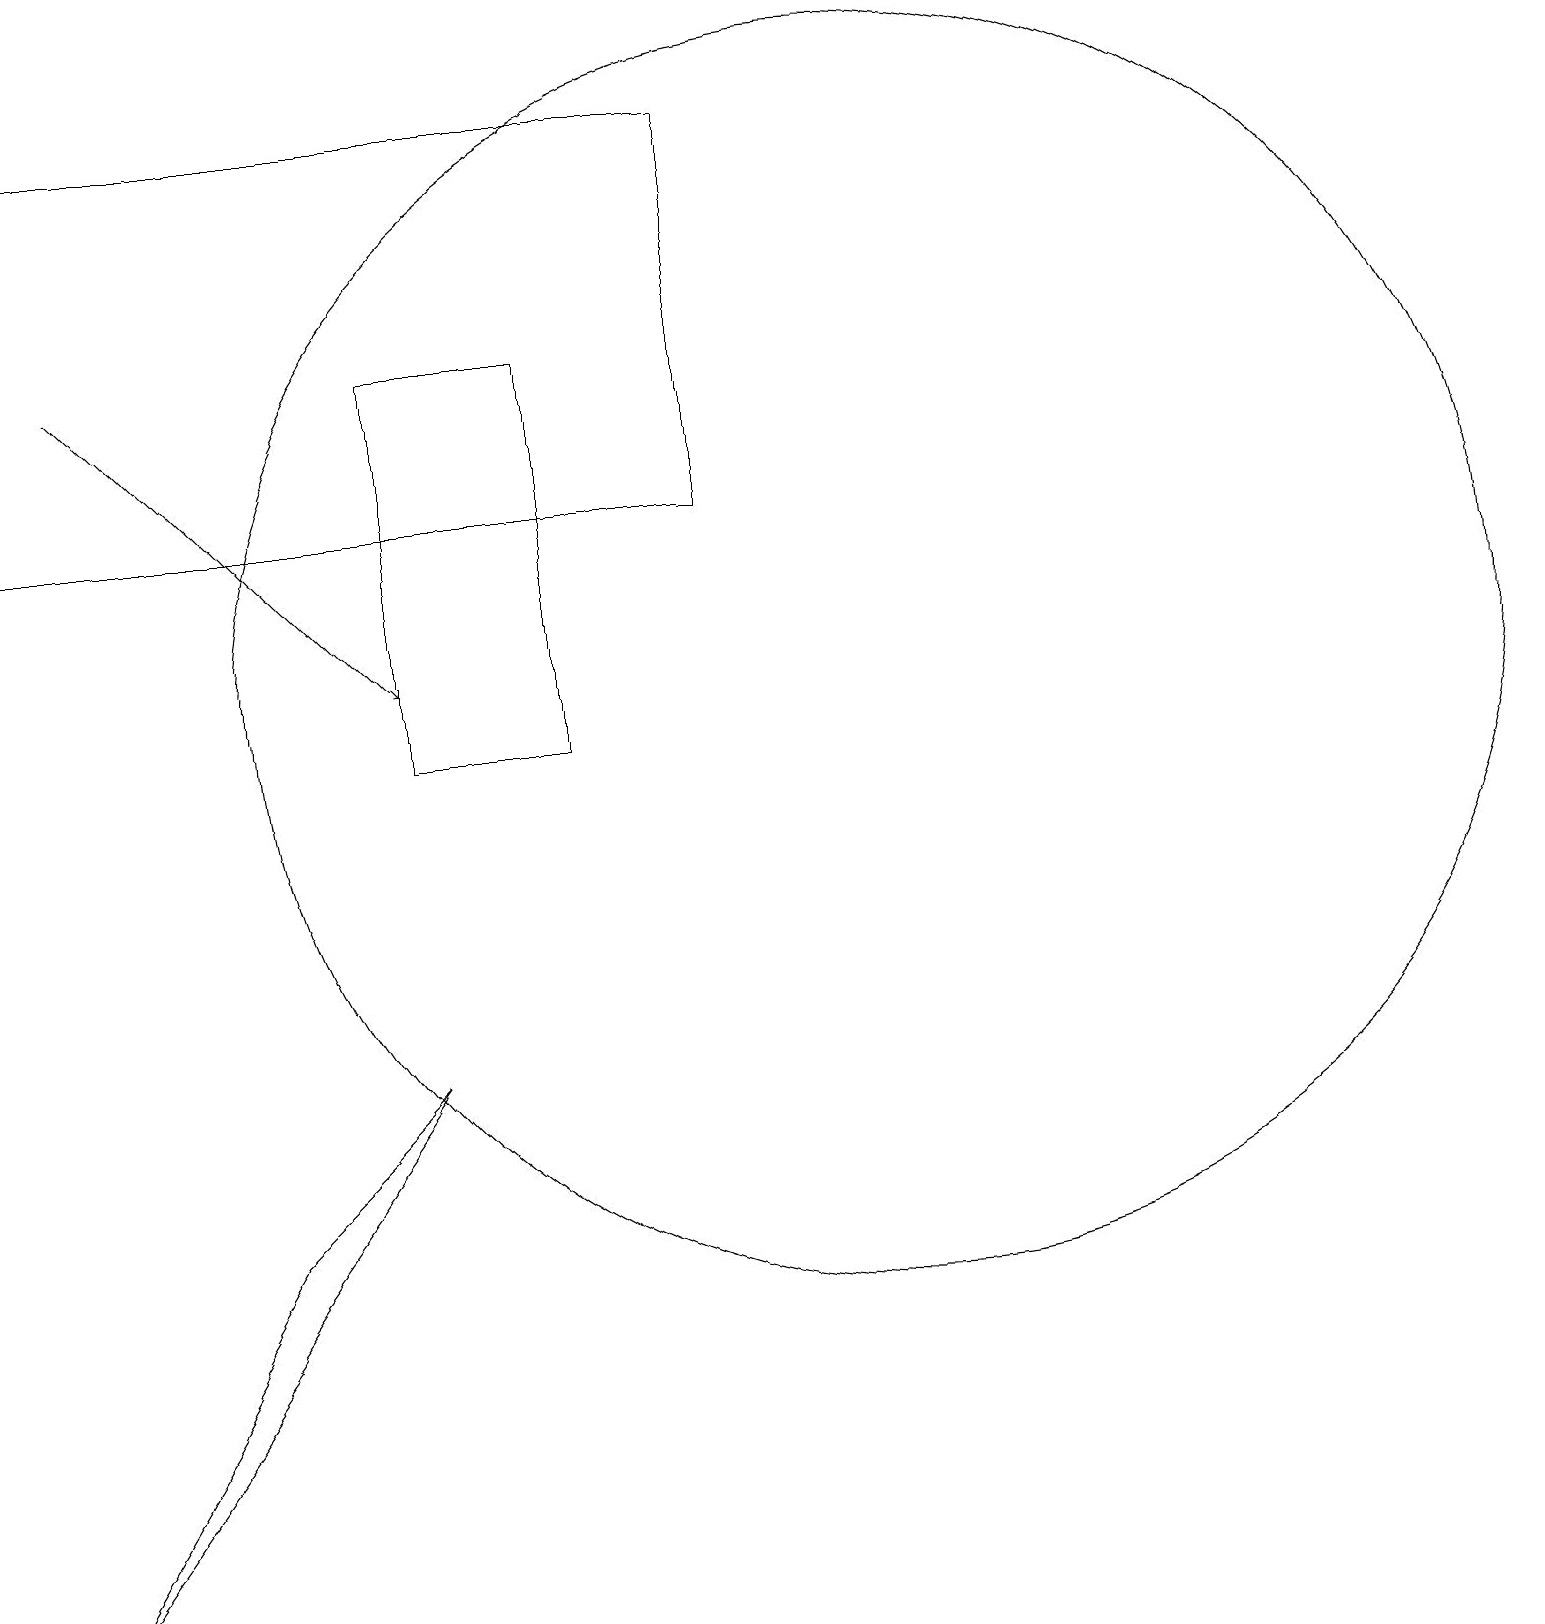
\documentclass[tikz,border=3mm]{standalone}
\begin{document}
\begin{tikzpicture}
\draw[->] (1,16) -- (5,12);
\draw (11,12) circle (8);
\draw (0,19) rectangle (9,14);
\draw (0,0) -- (3,5) -- (5,7) -- cycle;
\draw (7,11) rectangle (5,16);
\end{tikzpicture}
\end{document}